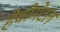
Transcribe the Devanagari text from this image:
हेवीमेटल